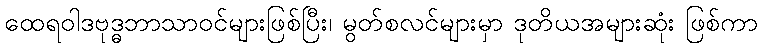
ထေရဝါဒဗုဒ္ဓဘာသာဝင်များဖြစ်ပြီး၊ မွတ်စလင်များမှာ ဒုတိယအများဆုံး ဖြစ်ကာ